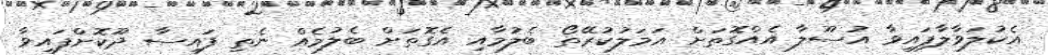
އެކުލަވާލާފައިވާ އުސޫލާ އެއްގޮތަށް އަމަލުކުރޭތޯ ބެލުމާއި އެގޮތަށް ބެލުމެއް ނެތި ފައިސާ ދޫކޮށްފައިވާ